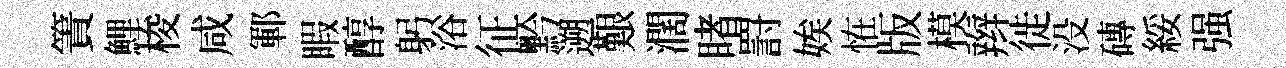
簀鯉梭咸鄆睱醇躬浴征黔遡艱濶睹罸娭恠版模辫徙没磚綏强